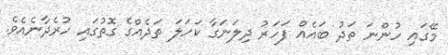
މޭގައި ހުންނަ ތަދު ބައެއް ފަހަރު ދިލަނަގާ ކަހަލަ ތަދެއްގެ ގޮތުގައި ހުރެދާނެއެވެ.